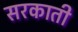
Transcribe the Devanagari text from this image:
सरकाती